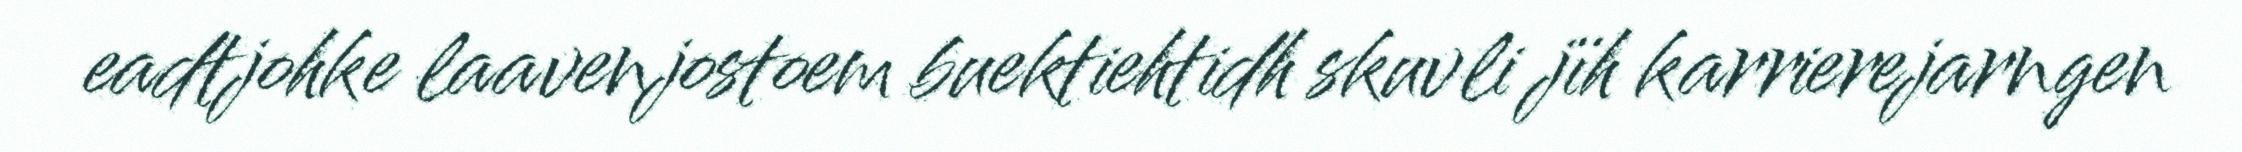
eadtjohke laavenjostoem buektiehtidh skuvli jïh karrierejarngen